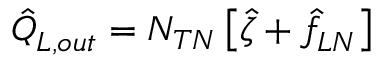
\hat { Q } _ { L , o u t } ^ { } = N _ { T N } \left[ \hat { \zeta } + \hat { f } _ { L N } ^ { } \right]